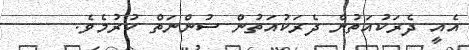
އެއީ ދެރަކުއަތުން ދެރަކުއަތުން ސުންނަތް ކުރުމެވެ.